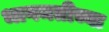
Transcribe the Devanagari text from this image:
भागमतीच्या